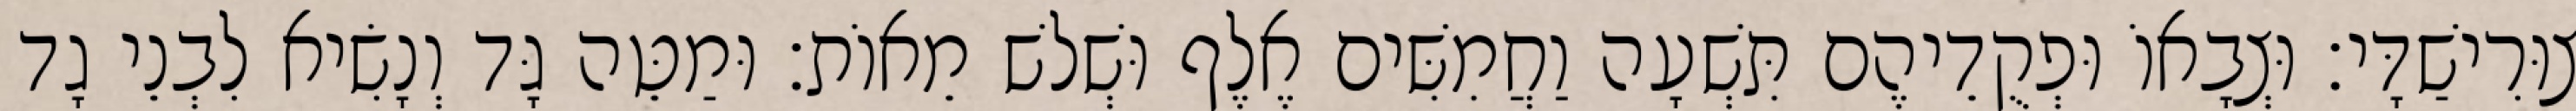
צוּרִישַׁדָּי׃ וּצְבָאוֹ וּפְקֻדֵיהֶם תִּשְׁעָה וַחֲמִשִּׁים אֶלֶף וּשְׁלשׁ מֵאוֹת׃ וּמַטֵּה גָּד וְנָשִׂיא לִבְנֵי גָד